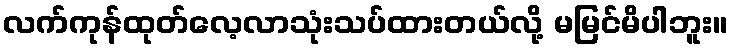
လက်ကုန်ထုတ်လေ့လာသုံးသပ်ထားတယ်လို့ မမြင်မိပါဘူး။